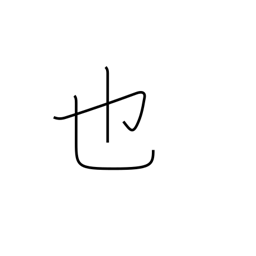
Meaning: to be (classical)